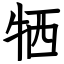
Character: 牺